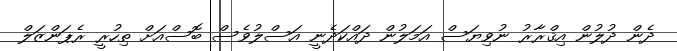
ދެން ދުލުން އިޤްރާރު ނުވިޔަސް އަމަލުން ދައްކަދެނީ އަސްލުވެސް ބޮސްއަށް ތިހުރީ ރެޕަންޒަލް